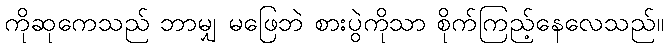
ကိုဆုကေသည် ဘာမျှ မဖြေဘဲ စားပွဲကိုသာ စိုက်ကြည့်နေလေသည်။